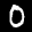
Label: 0